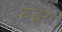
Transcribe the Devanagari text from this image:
बंडूरा